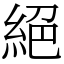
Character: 絕